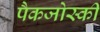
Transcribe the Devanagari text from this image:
पैकजोस्की